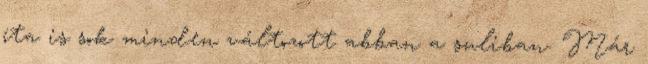
óta is sok minden változott abban a suliban. Már